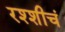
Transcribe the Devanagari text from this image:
रश्शीचं